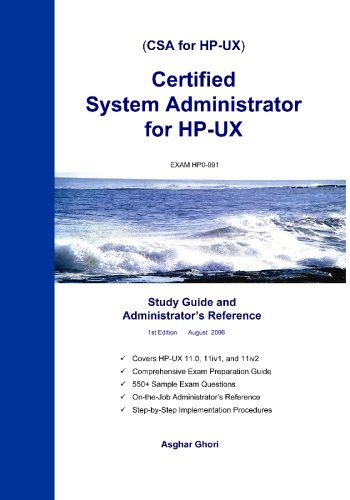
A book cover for Certified System Administrator for HP-UX: Study Guide and Administrator's Reference; Asghar Ghori; Computers & Technology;